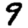
Digit: 9